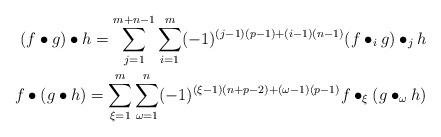
LaTeX: \begin{align*}(f \bullet g) \bullet h = \sum^{m+n-1}_{j=1}\sum^{m}_{i=1} (-1)^{(j -1)(p -1)+(i -1)(n-1)}(f \bullet_i g) \bullet_j h \\ f \bullet (g \bullet h) = \sum^{m}_{\xi=1}\sum^{n}_{\omega=1}(-1)^{(\xi-1)(n+p-2)+(\omega-1)(p-1)} f \bullet_{\xi} (g \bullet_{\omega} h) \end{align*}